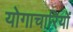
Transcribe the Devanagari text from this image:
योगाचारियों